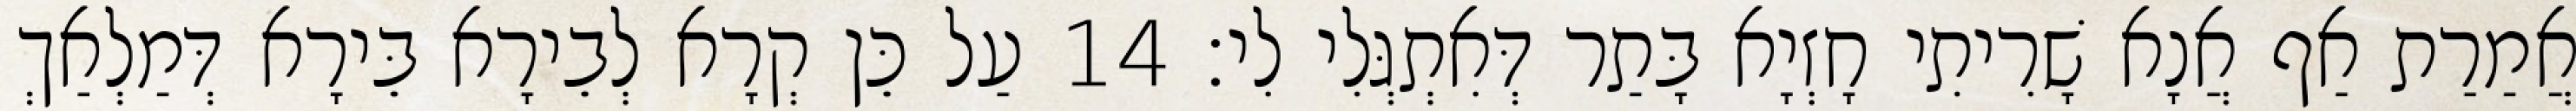
אֲמַרַת אַף אֲנָא שָׁרִיתִי חָזְיָא בָּתַר דְּאִתְגְּלִי לִי׃ 14 עַל כֵּן קְרָא לְבֵירָא בֵּירָא דְּמַלְאַךְ